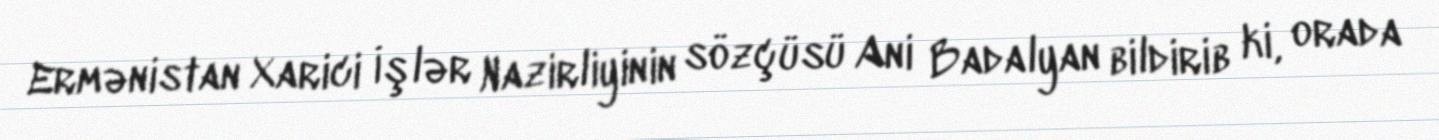
Ermənistan Xarici İşlər Nazirliyinin sözçüsü Ani Badalyan bildirib ki, orada